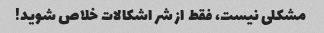
مشکلی نیست، فقط از شر اشکالات خلاص شوید!